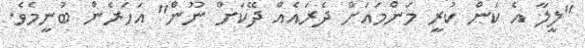
"ލީލާ އެ ކަން ކުރީ މަންމައަށް ދެރައެއް ދޭކަށް ނޫން" އަހަރެން ބުނީމެވެ.